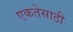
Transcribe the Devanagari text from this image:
एकतेसाठी